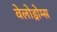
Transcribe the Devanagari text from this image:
वेलोड्रोम्स